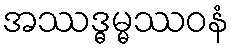
အဿဒ္ဓမ္မဿဝနံ